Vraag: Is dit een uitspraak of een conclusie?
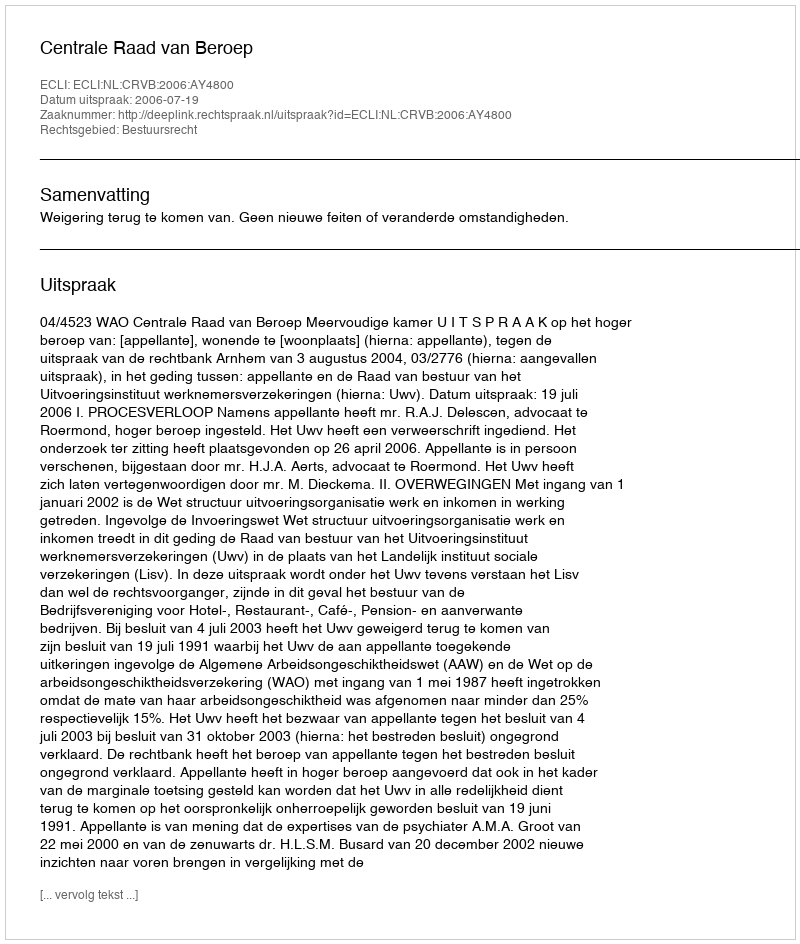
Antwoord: Uitspraak